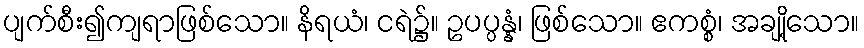
ပျက်စီး၍ကျရာဖြစ်သော။ နိရယံ၊ ငရဲ၌။ ဥပပ္ပန္နံ၊ ဖြစ်သော။ ဧကစ္စံ၊ အချို့သော။